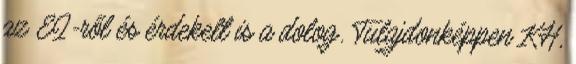
az EI-ről és érdekelt is a dolog. Tulajdonképpen KH,